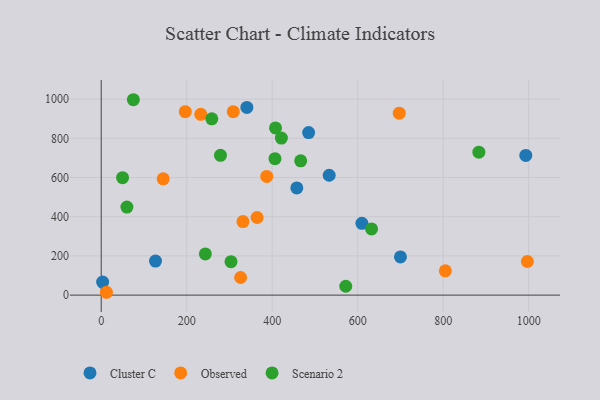
{"axis": {"x": "Ad Spend", "y": "Sales"}, "legend": ["Cluster C", "Observed", "Scenario 2"], "data": [{"x": "609.8", "y": 366.4, "type": "Cluster C"}, {"x": "533.3", "y": 611.5, "type": "Cluster C"}, {"x": "340.7", "y": 957.6, "type": "Cluster C"}, {"x": "993.2", "y": 712.6, "type": "Cluster C"}, {"x": "700.0", "y": 194.9, "type": "Cluster C"}, {"x": "485.2", "y": 829.1, "type": "Cluster C"}, {"x": "127.0", "y": 173.5, "type": "Cluster C"}, {"x": "3.3", "y": 66.5, "type": "Cluster C"}, {"x": "457.6", "y": 546.8, "type": "Cluster C"}, {"x": "145.0", "y": 593.3, "type": "Observed"}, {"x": "805.0", "y": 124.1, "type": "Observed"}, {"x": "308.9", "y": 935.6, "type": "Observed"}, {"x": "232.9", "y": 922.5, "type": "Observed"}, {"x": "196.6", "y": 935.9, "type": "Observed"}, {"x": "697.2", "y": 928.1, "type": "Observed"}, {"x": "12.2", "y": 14.5, "type": "Observed"}, {"x": "996.9", "y": 171.4, "type": "Observed"}, {"x": "326.1", "y": 90.0, "type": "Observed"}, {"x": "331.5", "y": 375.1, "type": "Observed"}, {"x": "364.6", "y": 396.0, "type": "Observed"}, {"x": "387.2", "y": 605.4, "type": "Observed"}, {"x": "303.6", "y": 170.5, "type": "Scenario 2"}, {"x": "466.6", "y": 685.3, "type": "Scenario 2"}, {"x": "279.0", "y": 713.1, "type": "Scenario 2"}, {"x": "883.4", "y": 729.1, "type": "Scenario 2"}, {"x": "407.7", "y": 853.0, "type": "Scenario 2"}, {"x": "632.4", "y": 337.6, "type": "Scenario 2"}, {"x": "60.1", "y": 448.9, "type": "Scenario 2"}, {"x": "243.6", "y": 210.2, "type": "Scenario 2"}, {"x": "572.0", "y": 45.3, "type": "Scenario 2"}, {"x": "406.5", "y": 696.2, "type": "Scenario 2"}, {"x": "258.7", "y": 899.4, "type": "Scenario 2"}, {"x": "421.5", "y": 801.3, "type": "Scenario 2"}, {"x": "75.2", "y": 996.8, "type": "Scenario 2"}, {"x": "49.9", "y": 599.1, "type": "Scenario 2"}]}